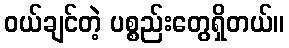
ဝယ်ချင်တဲ့ ပစ္စည်းတွေရှိတယ်။